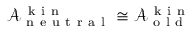
\mathcal { A } _ { \mathrm { ~ n ~ e ~ u ~ t ~ r ~ a ~ l ~ } } ^ { \mathrm { ~ k ~ i ~ n ~ } } \cong \mathcal { A } _ { \mathrm { ~ o ~ l ~ d ~ } } ^ { \mathrm { ~ k ~ i ~ n ~ } }